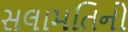
સલામતિનો